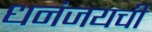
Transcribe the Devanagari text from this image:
धनंजयची